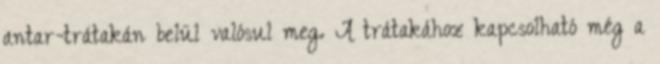
antar-trátakán belül valósul meg. A trátakához kapcsolható még a